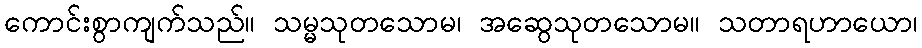
ကောင်းစွာကျက်သည်။ သမ္မသုတသောမ၊ အဆွေသုတသောမ။ သတာရဟာယော၊